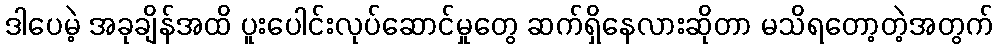
ဒါပေမဲ့ အခုချိန်အထိ ပူးပေါင်းလုပ်ဆောင်မှုတွေ ဆက်ရှိနေလားဆိုတာ မသိရတော့တဲ့အတွက်